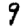
Digit: 9